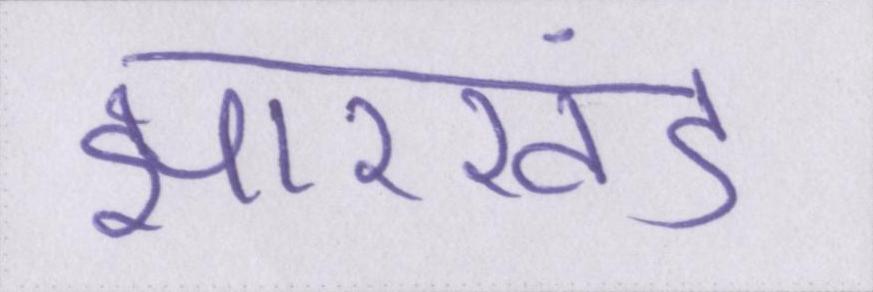
झारखंड